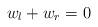
LaTeX: \begin{align*}w_l+w_r=0\end{align*}